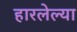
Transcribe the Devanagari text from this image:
हारलेल्या